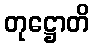
တုဋ္ဌောတိ